Lunatic asylums United Provinces 1899-1908 - 1899-1908
Year: 1899
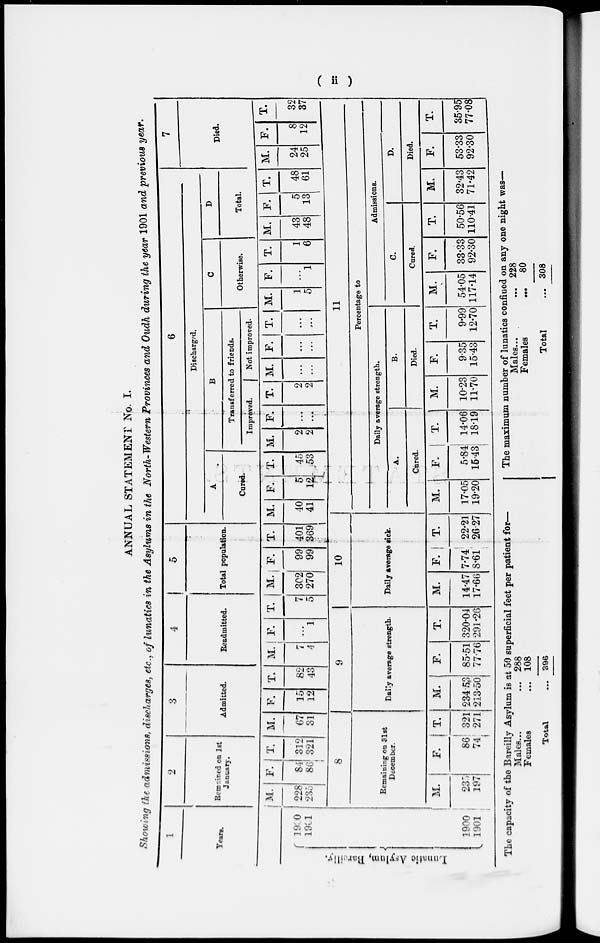
( ii )
ANNUAL STATEMENT No. I.
Showing the admissions, discharges, etc., of lunatics in the Asylums in the North-Western Provinces and Oudh during the year 1901 and previous year.
1
Years.
Lunatic Asylum, Bareilly.
1900
1901
1900
1901
2
Remained on 1st
January.
M.
228
235
F.
84
86
T.
312
321
3
Admitted.
M.
67
31
8
Remaining on 31st
December.
M.
235
197
F.
86
74
T.
321
271
F.
15
12
T.
82
43
4
Readmitted.
M.
7
4
F.
...
1
T.
7
5
9
Daily average strength.
M.
234.53
213.50
F.
85.51
77.76
T.
320.04
291.26
5
Total population.
M.
302
270
F.
99
99
T.
401
369
6
Discharged.
A
Cured
M.
40
41
10
Daily average sick.
M.
14.47
17.66
F.
7.74
8.61
T.
22.21
26.27
F.
5
12
T.
45
53
B
Transferred to friends.
Improved.
M.
2
2
F.
...
...
T.
2
2
Not improved.
M.
...
...
F.
...
...
T.
...
...
C
Otherwise.
M.
1
5
F.
...
1
T.
1
6
D
Total.
M.
43
48
F.
5
13
T.
48
61
7
Died.
M.
24
25
F.
8
12
T.
32
37
11
Percentage to
Daily average strength.
A.
Cured.
M.
17.05
19.20
F.
5.84
15.43
T.
14.06
18.19
B.
Died.
M.
10.23
11.70
F.
9.35
15.43
T.
9.99
12.70
Admissions.
C.
Cured.
M.
54.05
117.14
F.
33.33
92.30
T.
50.56
110.41
D.
Died.
M.
32.43
71.42
F.
53.33
92.30
T.
35.95
77.08
The capacity of the Bareilly Asylum is at 50 superficial feet per patient for—
Males... ...
Females ...
Total ...
288
108
396
The maximum number of lunatics confined on any one night was—
Males... ...
Females ...
Total ...
228
80
308